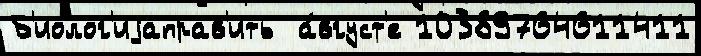
Б'иолог'иjаправ'ить  а́вгуст'е 10389764611411